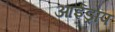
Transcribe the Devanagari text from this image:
आईड्रॉप